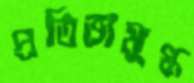
প্রতিভামুগ্ধ